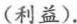
(利益).